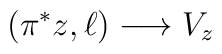
(\pi^{*}z, \ell) \longrightarrow V_{z}